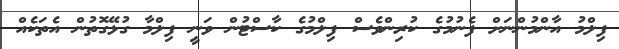
ފިލްމު އާންމުންނަށް ފެނުމުގެ ކުރިންވެސް ފިލްމުގެ ކާސްޓުން ވަނީ ފިލްމާ ގުޅޭގޮތުން އެތަކެއް